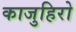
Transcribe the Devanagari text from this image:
काजुहिरो